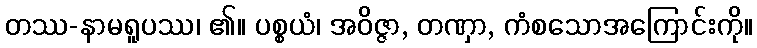
တဿ-နာမရူပဿ၊ ၏။ ပစ္စယံ၊ အဝိဇ္ဇာ, တဏှာ, ကံစသောအကြောင်းကို။